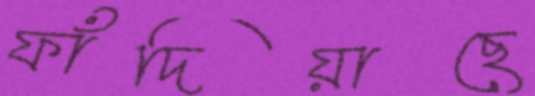
ফাঁদিয়াছে